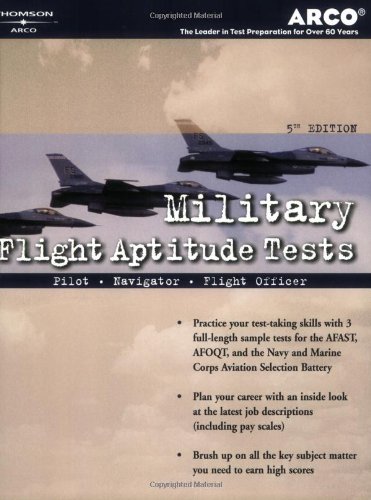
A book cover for Military Flight Aptitude Tests, 5/e (Peterson's Master the Military Flight Aptitude Tests); Arco; Test Preparation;